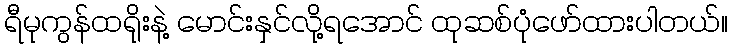
ရီမုကွန်ထရိုးနဲ့ မောင်းနှင်လို့ရအောင် ထုဆစ်ပုံဖော်ထားပါတယ်။